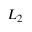
L _ { 2 }